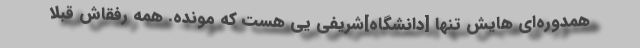
همدوره‌ای هایش تنها [دانشگاه]ّشریفی یی هست که مونده. همه رفقاش قبلا